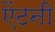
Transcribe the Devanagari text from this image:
ऐंटनी